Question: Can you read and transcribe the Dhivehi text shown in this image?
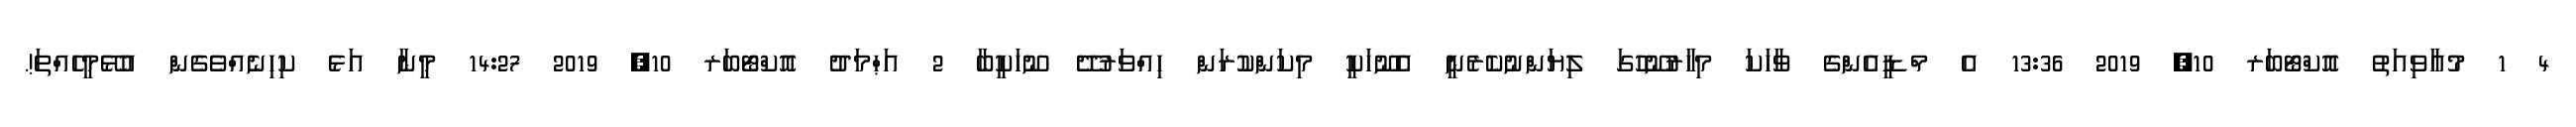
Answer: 4 1 މުއާވިއަތު އޮކްޓޯބަރ 10, 2019 13:36 އެ މްޑީއެންގެ ވާހަކަ މިހާރުނޫހުގަ ލިޔަންނުކެރެނީ އެނޫހަކީ މިކަންކުރަން ހިއްވަރުދޭ ނޫހަކީބާ 2 އަޙްމަދު އޮކްޓޯބަރ 10, 2019 14:27 މީނާ އަޅެ ކިހިނެއްވެގެން އުޅޭމީހެއްތަ!.